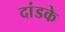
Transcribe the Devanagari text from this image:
दांडके